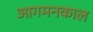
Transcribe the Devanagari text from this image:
आगमनकाल